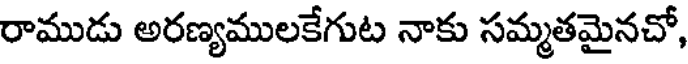
రాముడు అరణ్యములకేగుట నాకు సమ్మతమైనచో,